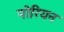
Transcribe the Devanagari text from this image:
नोरियन